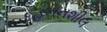
દહનનશીલ